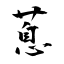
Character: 蒠